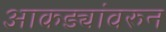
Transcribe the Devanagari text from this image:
आकड्यांवरुन